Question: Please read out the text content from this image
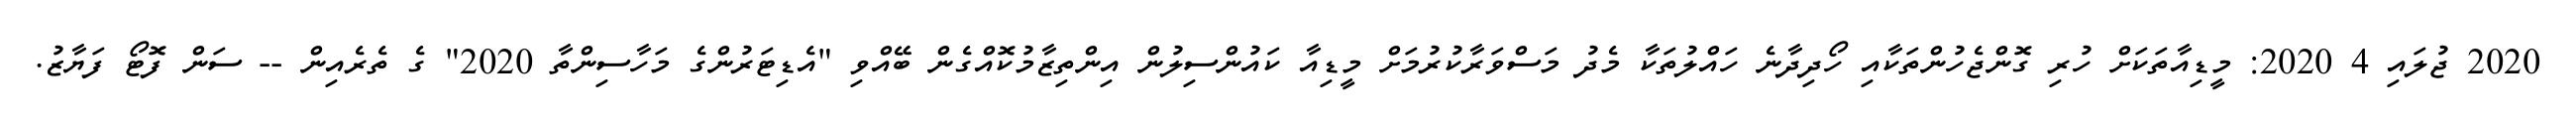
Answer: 2020 ޖުލައި 4 2020: މީޑިއާތަކަށް ހުރި ގޮންޖެހުންތަކާއި ހޯދިދާނެ ހައްލުތަކާ މެދު މަސްވަރާކުރުމަށް މީޑިއާ ކައުންސިލުން އިންތިޒާމުކޮއްގެން ބޭއްވި "އެޑިޓަރުންގެ މަހާސިންތާ 2020" ގެ ތެރެއިން -- ސަން ފޮޓޯ ފަޔާޒު.